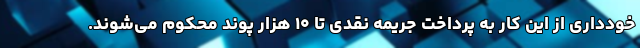
خودداری از این کار به پرداخت جریمه نقدی تا ۱۰ هزار پوند محکوم می‌شوند.